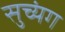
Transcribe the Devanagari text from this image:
सुच्यंग